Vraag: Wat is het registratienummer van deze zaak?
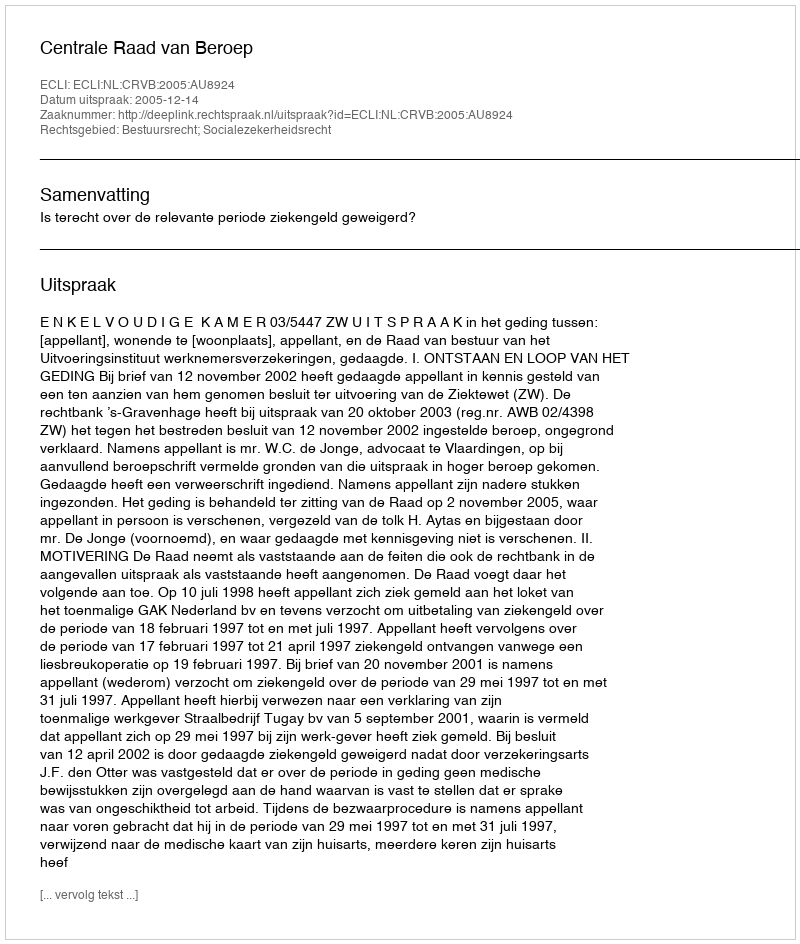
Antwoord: http://deeplink.rechtspraak.nl/uitspraak?id=ECLI:NL:CRVB:2005:AU8924